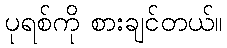
ပုရစ်ကို စားချင်တယ်။